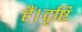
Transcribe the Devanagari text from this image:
हैं।दृष्टि